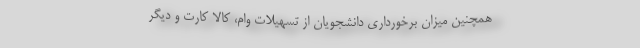
همچنین میزان برخورداری دانشجویان از تسهیلات وام، کالا کارت و دیگر